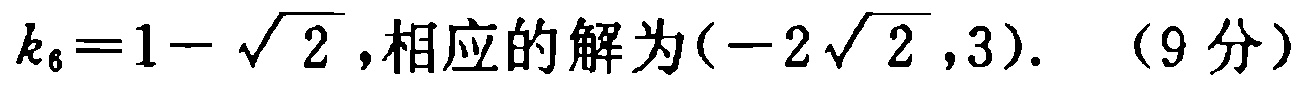
\(k_{6}=1 - \sqrt{2}\),相应的解为\((-2\sqrt{2},3)\). （9分）